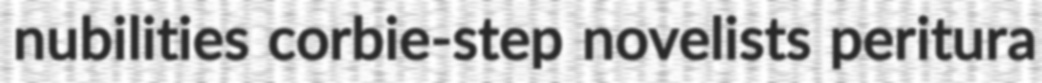
nubilities corbie-step novelists peritura